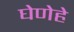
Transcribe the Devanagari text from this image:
घेणेहे